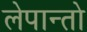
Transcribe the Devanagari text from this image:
लेपान्तो